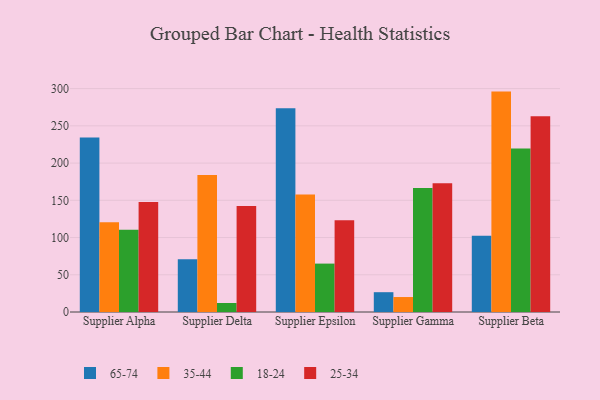
{"axis": {"x": "Supplier", "y": "Shipments"}, "legend": ["18-24", "25-34", "35-44", "65-74"], "data": [{"x": "Supplier Alpha", "y": 234.3, "type": "65-74"}, {"x": "Supplier Alpha", "y": 120.6, "type": "35-44"}, {"x": "Supplier Alpha", "y": 110.4, "type": "18-24"}, {"x": "Supplier Alpha", "y": 147.8, "type": "25-34"}, {"x": "Supplier Delta", "y": 70.8, "type": "65-74"}, {"x": "Supplier Delta", "y": 183.9, "type": "35-44"}, {"x": "Supplier Delta", "y": 12.1, "type": "18-24"}, {"x": "Supplier Delta", "y": 142.5, "type": "25-34"}, {"x": "Supplier Epsilon", "y": 273.8, "type": "65-74"}, {"x": "Supplier Epsilon", "y": 157.9, "type": "35-44"}, {"x": "Supplier Epsilon", "y": 65.0, "type": "18-24"}, {"x": "Supplier Epsilon", "y": 123.3, "type": "25-34"}, {"x": "Supplier Gamma", "y": 26.6, "type": "65-74"}, {"x": "Supplier Gamma", "y": 20.1, "type": "35-44"}, {"x": "Supplier Gamma", "y": 166.4, "type": "18-24"}, {"x": "Supplier Gamma", "y": 172.9, "type": "25-34"}, {"x": "Supplier Beta", "y": 102.5, "type": "65-74"}, {"x": "Supplier Beta", "y": 296.0, "type": "35-44"}, {"x": "Supplier Beta", "y": 219.7, "type": "18-24"}, {"x": "Supplier Beta", "y": 262.8, "type": "25-34"}]}